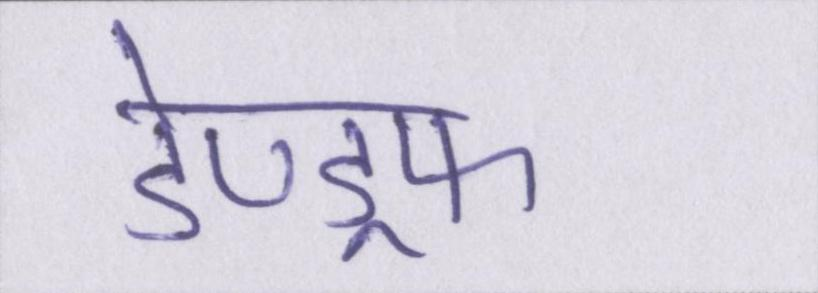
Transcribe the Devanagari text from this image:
डेण्ड्रफ